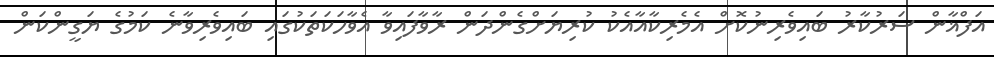
އަފްޣާން ސަރުކާރު ބައިވެރިނުކޮށް އެމެރިކާއާއެކު ކުރިޔަށްގެންދަން ރާވާފައިވާ އެވާހަކަތަކުގައި ބައިވެރިވާނެ ކަމުގެ ޔަގީންކަން